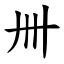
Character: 卌